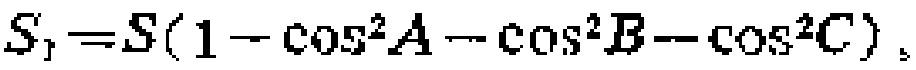
$S_{1}=S(1 - \cos^{2}A - \cos^{2}B - \cos^{2}C)。$